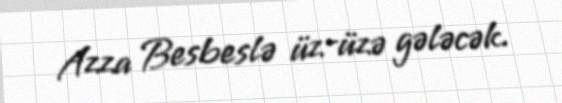
Azza Besbeslə üz-üzə gələcək.